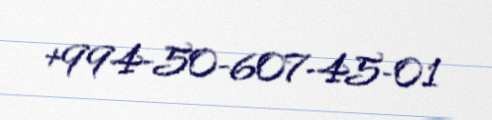
+994-50-607-45-01